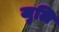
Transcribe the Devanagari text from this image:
जुलि